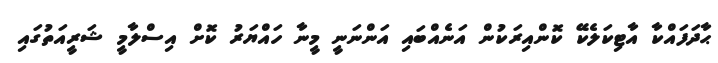
ޙާދަފައްކާ އާޓިކަލެކޭ ކޮންއިރަކުން އަނެއްބައި އަންނަނީ މީނާ ހައްޔަރު ކޮށް އިސްލާމީ ޝަރީއަތުގައި